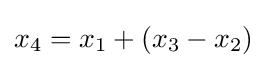
x_{4}=x_{1}+(x_{3}-x_{2})